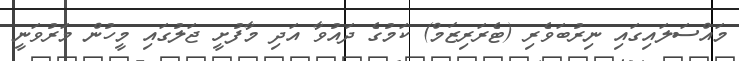
މައްސަލައިގައި ނިރުބަވެރި (ޓެރަރިޒަމް) ކަމުގެ ދައުވާ އަދި މާފުށީ ޖަލުގައި މީހުން މަރުވަނީ